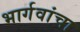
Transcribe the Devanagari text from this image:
भार्गवांचा